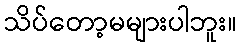
သိပ်တော့မများပါဘူး။